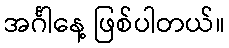
အင်္ဂါနေ့ ဖြစ်ပါတယ်။